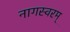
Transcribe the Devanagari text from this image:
नागस्वरम्